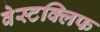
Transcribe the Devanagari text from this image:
वेस्टक्लिफ